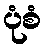
ပုံစံ